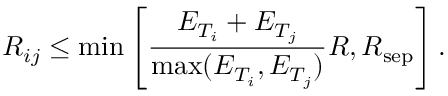
R _ { i j } \leq \mathrm { m i n } \left[ \frac { E _ { T _ { i } } + E _ { T _ { j } } } { \mathrm { m a x } ( E _ { T _ { i } } , E _ { T _ { j } } ) } R , R _ { \mathrm { s e p } } \right] .